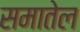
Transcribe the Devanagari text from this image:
समातेल